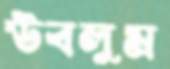
উবলুম